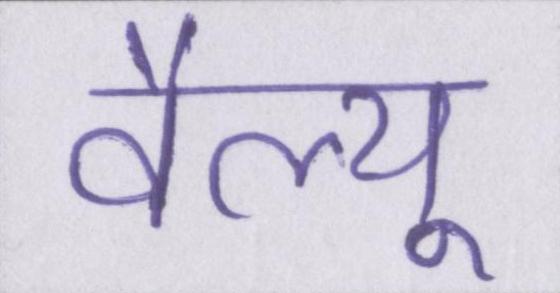
वैल्यू